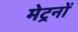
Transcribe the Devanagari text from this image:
मेट्रनों